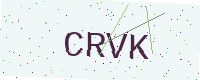
Text: CRVK